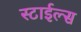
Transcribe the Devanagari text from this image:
स्टाईल्स